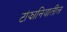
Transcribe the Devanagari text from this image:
टांझानियातील